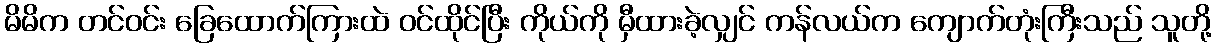
မိမိက တင်ဝင်း ခြေထောက်ကြားထဲ ဝင်ထိုင်ပြီး ကိုယ်ကို မှီထားခဲ့လျှင် ကန်လယ်က ကျောက်တုံးကြီးသည် သူတို့